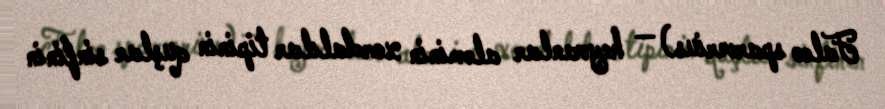
Falco sparverius) — heyvanlar aləminin xordalılar tipinin quşlar sinfinin